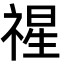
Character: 𮂇